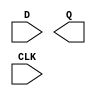
module sky130_fd_sc_hd__dfxtp (
    //# {{data|Data Signals}}
    input  D  ,
    output Q  ,

    //# {{clocks|Clocking}}
    input  CLK
);

    // Voltage supply signals
    supply1 VPWR;
    supply0 VGND;
    supply1 VPB ;
    supply0 VNB ;

endmodule